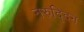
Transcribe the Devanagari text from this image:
नरुद्दिन